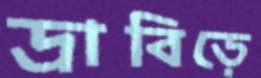
দ্রাবিড়ে